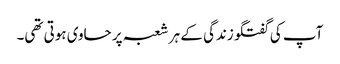
آپ کی گفتگو زندگی کے ہر شعبہ پر حاوی ہوتی تھی۔